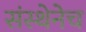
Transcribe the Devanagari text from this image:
संस्थेनेच